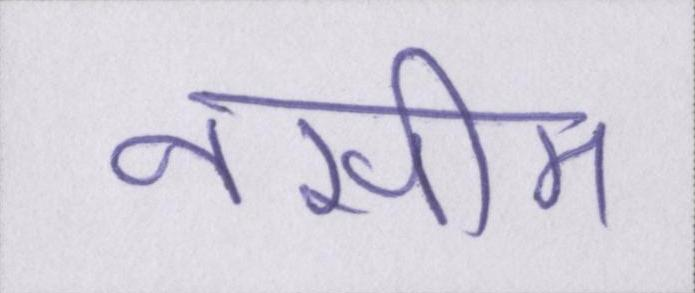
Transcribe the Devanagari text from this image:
नसीम